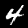
Label: 4